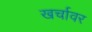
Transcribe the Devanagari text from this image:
खर्चावर